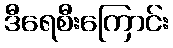
ဒီရေစီးကြောင်း